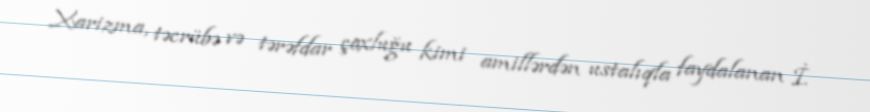
Xarizma, təcrübə və tərəfdar çoxluğu kimi amillərdən ustalıqla faydalanan İ.